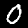
Label: 0